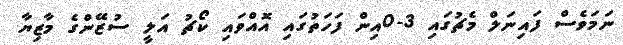
ނަމަވެސް ފައިނަލް މެޗުގައި 3-0އިން ފަހަތުގައި އޮއްވައި ކޯޗު އަލީ ސުޒޭންގެ މާޒިޔާ